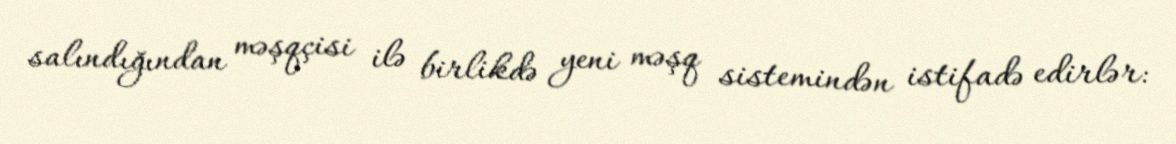
salındığından məşqçisi ilə birlikdə yeni məşq sistemindən istifadə edirlər: